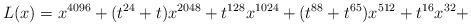
LaTeX: \begin{align*}L(x)=x^{4096} + (t^{24} + t)x^{2048} + t^{128}x^{1024} + (t^{88} + t^{65})x^{512} + t^{16}x^{32} +\end{align*}